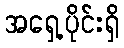
အရှေ့ပိုင်းရှိ